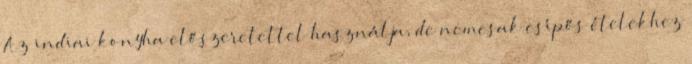
Az indiai konyha előszeretettel használja, de nemcsak csípős ételekhez